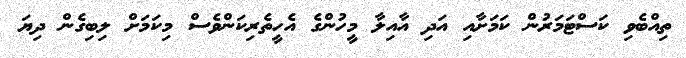
ތިއްބެވި ކަސްޓަމަރުން ކަމަށާއި އަދި އާއިލާ މީހުންގެ އެހީތެރިކަންވެސް މިކަމަށް ލިބިގެން ދިޔަ